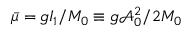
\bar { \mu } = g I _ { 1 } / M _ { 0 } \equiv g \mathcal { A } _ { 0 } ^ { 2 } / 2 M _ { 0 }